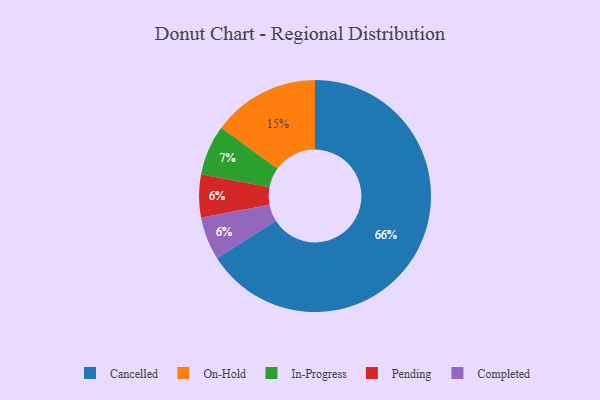
{"axis": {"x": "Category", "y": "Percentage"}, "legend": ["Cancelled", "Completed", "In-Progress", "On-Hold", "Pending"], "data": [{"x": "On-Hold", "y": 15, "type": "On-Hold"}, {"x": "In-Progress", "y": 7, "type": "In-Progress"}, {"x": "Cancelled", "y": 66, "type": "Cancelled"}, {"x": "Pending", "y": 6, "type": "Pending"}, {"x": "Completed", "y": 6, "type": "Completed"}]}